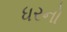
ધરનો